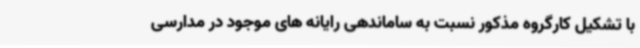
با تشکیل کارگروه مذکور نسبت به ساماندهی رایانه های موجود در مدارسی